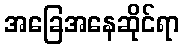
အခြေအနေဆိုင်ရာ